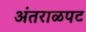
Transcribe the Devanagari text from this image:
अंतराळपट